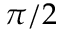
\pi / 2